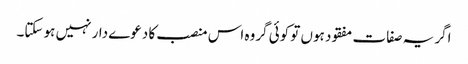
اگر یہ صفات مفقود ہوں تو کوئی گروہ اس منصب کا دعوے دار نہیں ہو سکتا۔